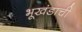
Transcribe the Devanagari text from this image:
भूखंडाची